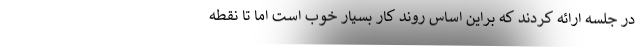
در جلسه ارائه کردند که براین اساس روند کار بسیار خوب است اما تا نقطه